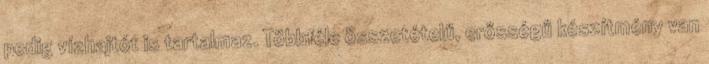
pedig vízhajtót is tartalmaz. Többféle összetételű, erősségű készítmény van